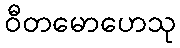
ဝီတမောဟေသု